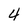
Character: 4